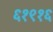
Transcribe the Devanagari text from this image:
६१९१६